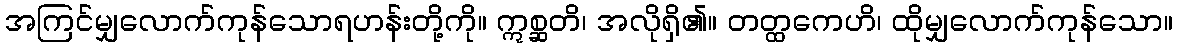
အကြင်မျှလောက်ကုန်သောရဟန်းတို့ကို။ ဣစ္ဆတိ၊ အလိုရှိ၏။ တတ္ထကေဟိ၊ ထိုမျှလောက်ကုန်သော။